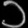
Digit: ၁